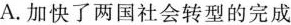
A.加快了两国社会转型的完成